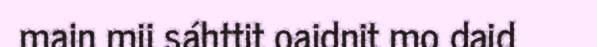
main mii sáhttit oaidnit mo daid